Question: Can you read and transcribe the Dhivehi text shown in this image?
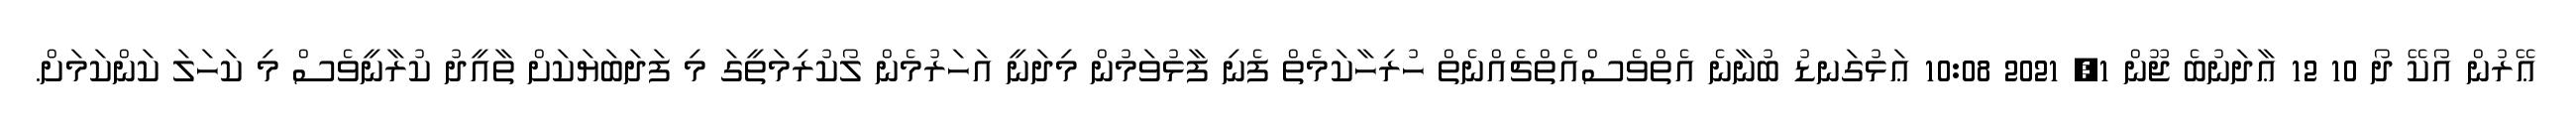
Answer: ޢޭރުން އޯކޭ ދޯ 10 12 ޢާދަނުބެ ޖޫން 1, 2021 10:08 ޢަޅުގަނޑު ބުނާނެ އެތްވެސްއެތްޗެއްނެތް ހުރިހާކަމެތް ފެނި ފާޅުވަމުން މިދަނީ އަހަރުމެން ލޯކުރިމަތީގަ މި ފަދަބަޔަކަށް ތާއީދު ކުރާނީވެސް މި ކަހަލަ ކަންކަމަށް.